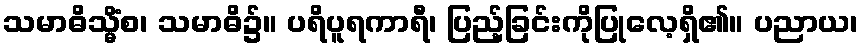
သမာဓိသ္မိံစ၊ သမာဓိ၌။ ပရိပူရကာရီ၊ ပြည့်ခြင်းကိုပြုလေ့ရှိ၏။ ပညာယ၊